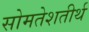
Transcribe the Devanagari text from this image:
सोमतेशतीर्थ